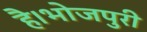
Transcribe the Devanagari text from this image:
है।भोजपुरी